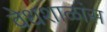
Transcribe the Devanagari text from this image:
वेधशाळांस